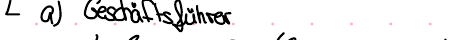
a) Geschäftsführer